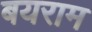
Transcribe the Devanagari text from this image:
बयराम